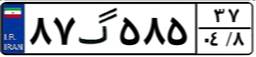
۸۷گ۵۸۵۳۷